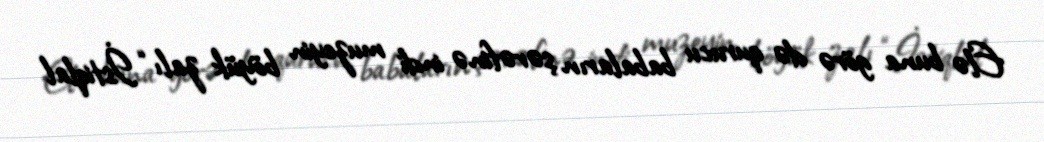
Elə buna görə də qurucu babaların şərəfinə indi muzeyin böyük zalı “İstiqlal